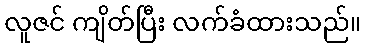
လူဇင် ကျိတ်ပြီး လက်ခံထားသည်။